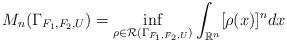
LaTeX: \begin{align*}M_n(\Gamma_{F_1,F_2,U}) = \inf_{\rho \in \mathcal R(\Gamma_{F_1,F_2,U})}\int_{\mathbb R^n}[\rho(x)]^n dx\end{align*}